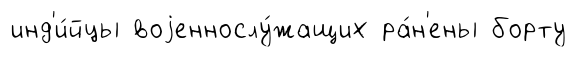
инд'и́йцы воjеннослу́жащих ра́н'ены борту